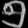
Digit: ၅